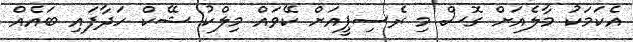
އެކަމަކު މާލެއަށް ގޮސް މި ރެސިޕީއަށް ކޭވައް މިލްކު ޝޭކް ހަދާފައި ބައެއް